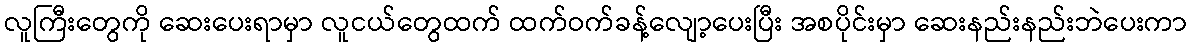
လူကြီးတွေကို ဆေးပေးရာမှာ လူငယ်တွေထက် ထက်ဝက်ခန့်လျော့ပေးပြီး အစပိုင်းမှာ ဆေးနည်းနည်းဘဲပေးကာ